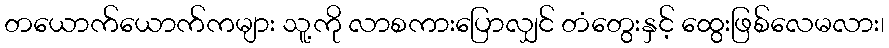
တယောက်ယောက်ကများ သူ့ကို လာစကားပြောလျှင် တံတွေးနှင့် ထွေးဖြစ်လေမလား၊